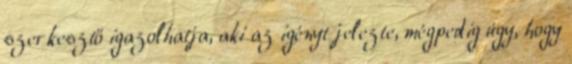
szerkesztő igazolhatja, aki az igényt jelezte, mégpedig úgy, hogy